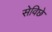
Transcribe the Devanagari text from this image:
सेविछे